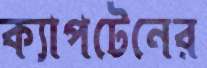
ক্যাপটেনের